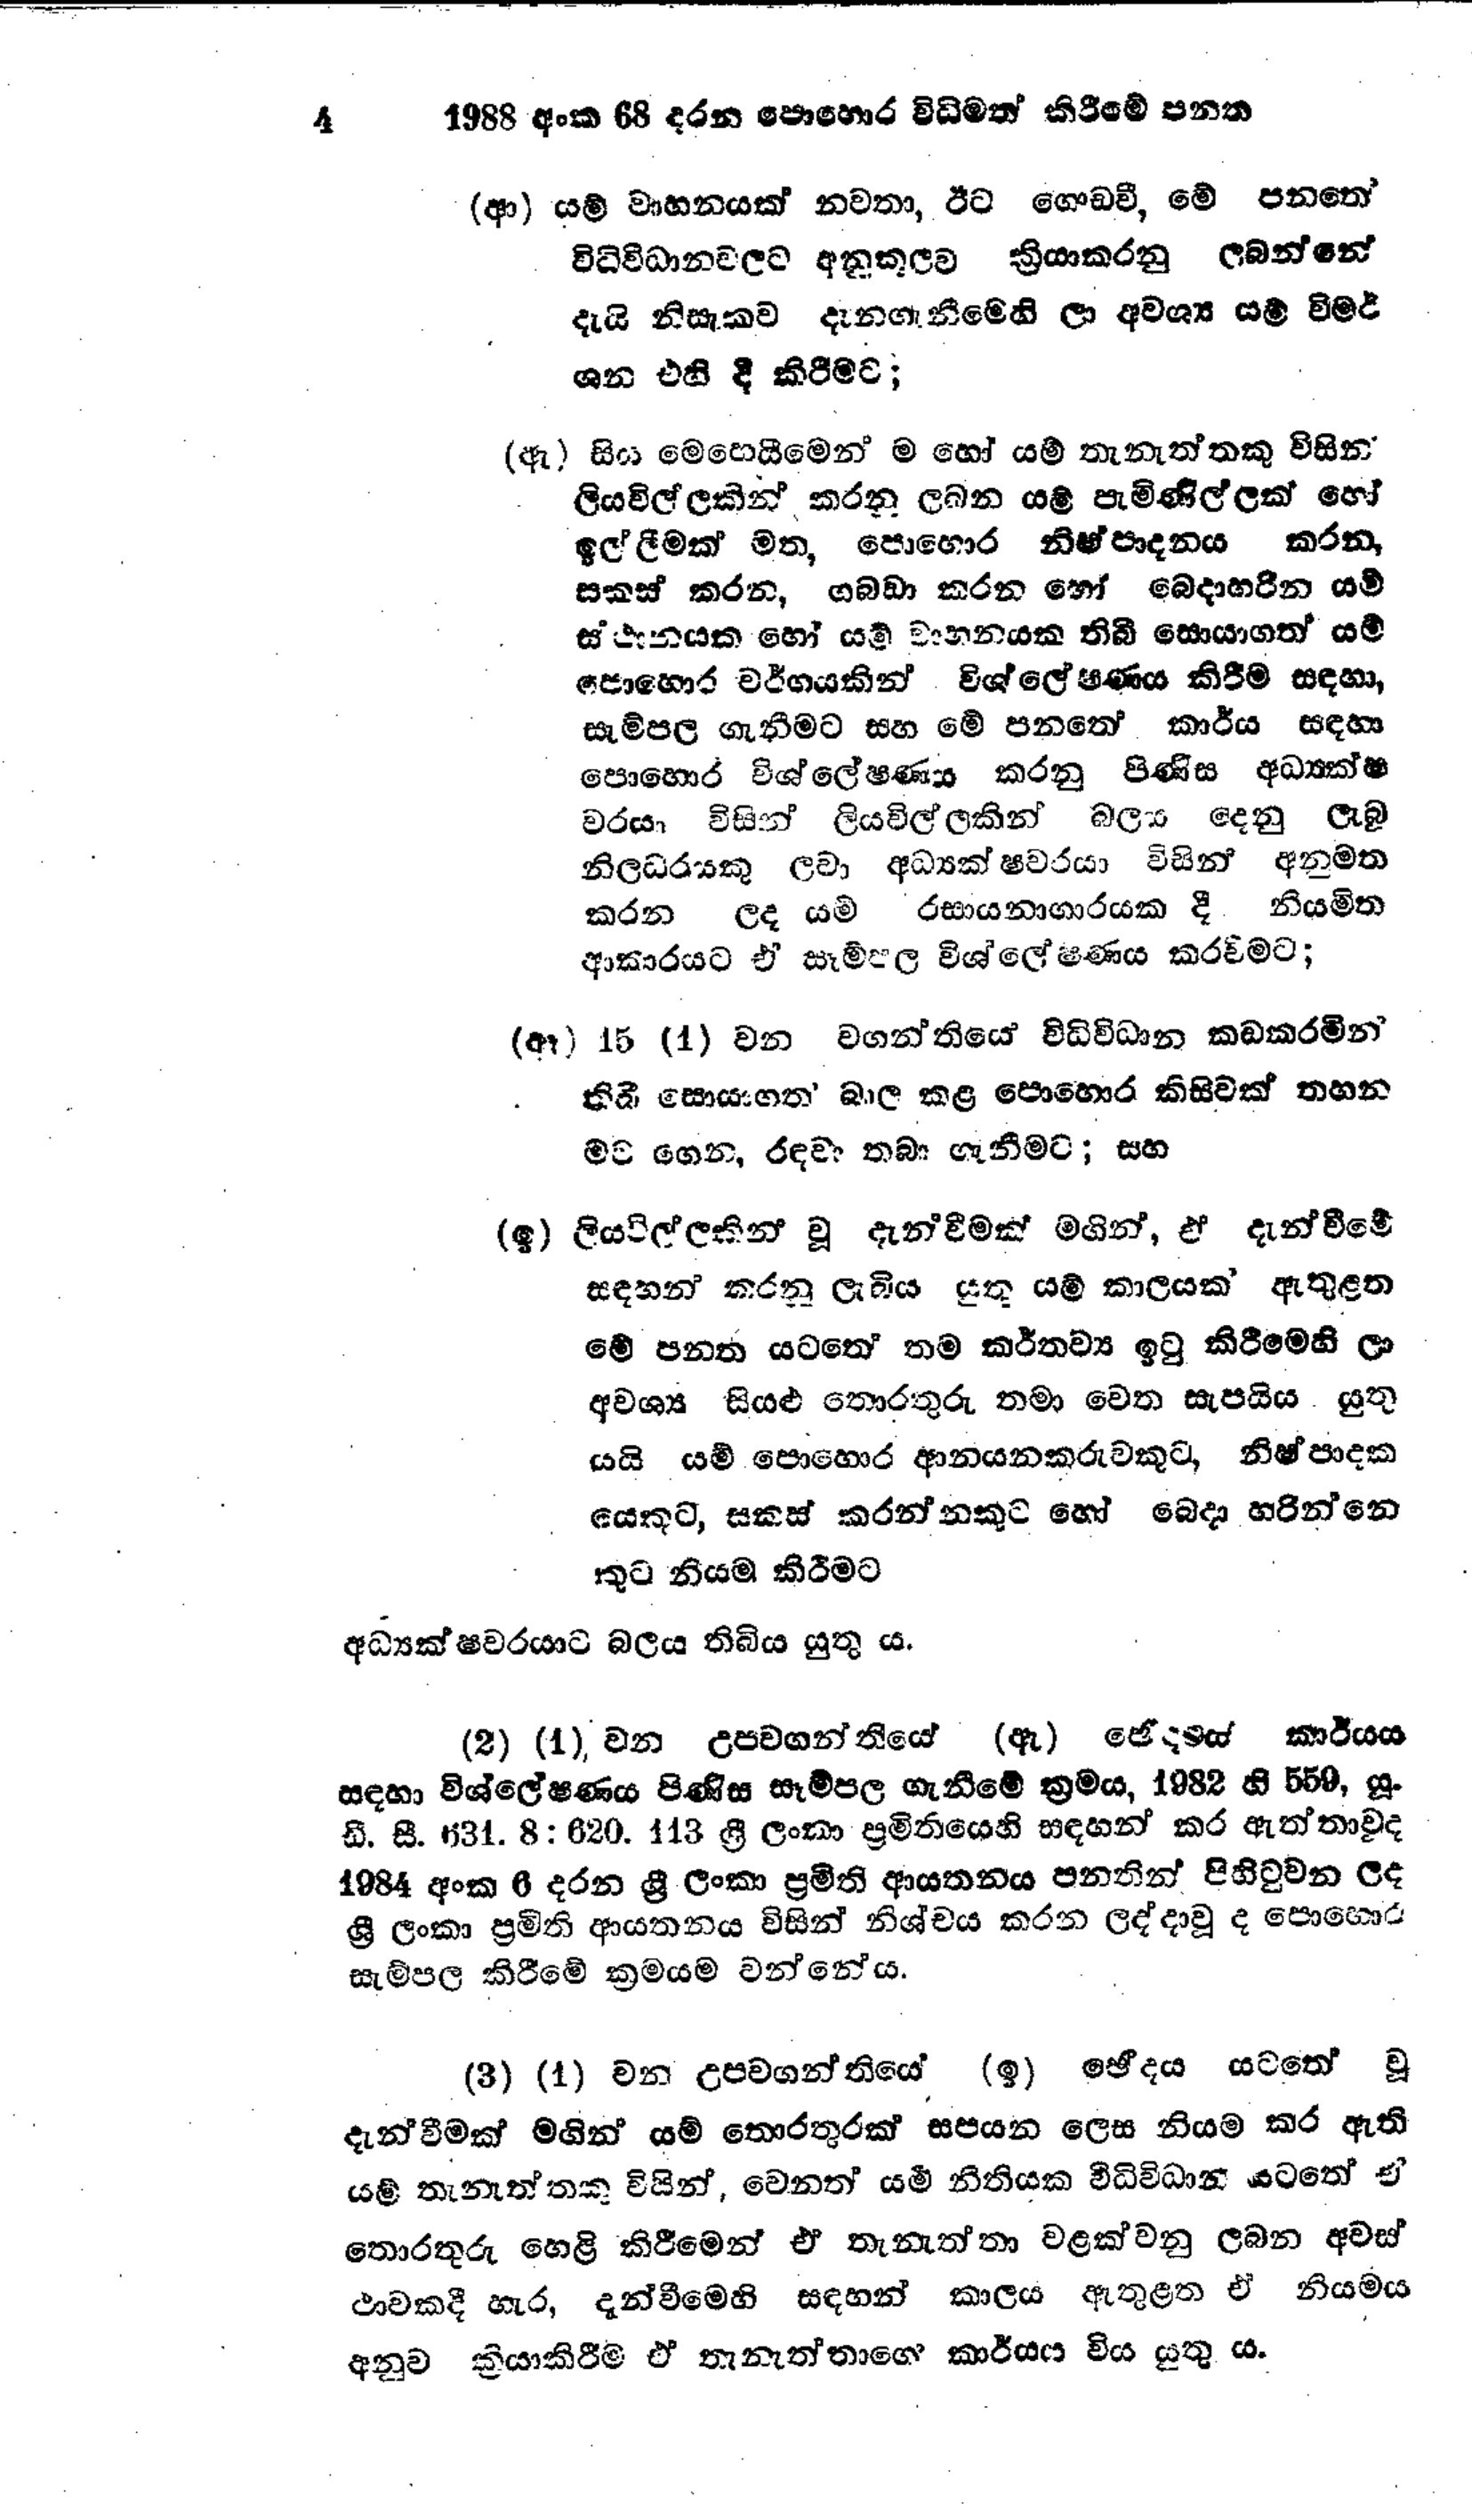
1988 අංක 68 දරන පොහොර විධිමත් කිරීමේ පනත

(ආ) යම් වාහනයක් නවතා, ඊට ගොඩවී, මේ පනතේ
විධිවිධානවලට අනුකූලව ක්‍රියාකරනු ලබන්නේ
දැයි නිසැකව දැනගැනීමෙහි ලා අවශ්‍ය යම් විමර්
ශන එහි දී කිරීමට;

(ඇ) සිය මෙහෙයීමෙන් ම හෝ යම් තැනැත්තකු විසින්
ලියවිල්ලකින් කරනු ලබන යම් පැමිණිල්ලක් හෝ
ඉල්ලීමක් මත, පොහොර නිෂ්පාදනය කරන,
සකස් කරන, ගබඩා කරන හෝ බෙදා හරින යම්
ස්ථානයක හෝ යම් වාහනයක තිබී සොයාගත් යම්
පොහොර වර්ගයකින් විශ්ලේෂණය කිරීම සඳහා,
සැම්පල ගැනීමට සහ මේ පනතේ කාර්ය සඳහා
පොහොර විශ්ලේෂණය කරනු පිණිස අධ්‍යක්ෂ
වරයා විසින් ලියවිල්ලකින් බලය දෙනු ලැබූ
නිලධරයකු ලවා අධ්‍යක්ෂවරයා විසින් අනුමත
කරන ලද යම් රසායනාගාරයක දී නියමිත
ආකාරයට ඒ සෑම්පල විශ්ලේෂණය කරවීමට;

(ඈ) 15 (1) වන වගන්තියේ විධිවිධාන කඩකරමින්
තිබී සොයාගත් බාල කළ පොහොර කිසිවක් තහන
මට ගෙන, රඳවා තබා ගැනීමට; සහ

(ඉ) ලියවිල්ලකින් වූ දැන්වීමක් මගින්, ඒ දැන්වීමේ
සඳහන් කරනු ලැබිය යුතු යම් කාලයක් ඇතුළත
මේ පනත යටතේ තම කර්තව්‍ය ඉටු කිරීමෙහි ලා
අවශ්‍ය සියළු තොරතුරු තමා වෙත සැපයිය යුතු
යයි යම් පොහොර ආනයනකරුවකුට, නිෂ්පාදක
යෙකුට, සකස් කරන්නකුට හෝ බෙදා හරින්නෙ
කුට නියම කිරීමට

අධ්‍යක්ෂවරයාට බලය තිබිය යුතු ය.

(2) (1) වන උපවගන්තියේ (ඇ) ජේදයේ කාර්යය
සඳහා විශ්ලේෂණය පිණිස සෑම්පල ගැනීමේ ක්‍රමය, 1982 හි 559, යූ.
ඩී. සී. 631.8:620.133 ශ්‍රී ලංකා ප්‍රමිතියෙහි සඳහන් කර ඇත්තාවූද
1984 අංක 6 දරන ශ්‍රී ලංකා ප්‍රමිති ආයතනය පනතින් පිහිටුවන ලද
ශ්‍රී ලංකා ප්‍රමිති ආයතනය විසින් නිශ්චය කරන ලද්දා වූ ද පොහොර
සැම්පල කිරීමේ ක්‍රමයම වන්නේය.

(3) (1) වන උපවගන්තියේ (ඉ) ඡේදය යටතේ වූ
දැන්වීමක් මගින් යම් තොරතුරක් සපයන ලෙස නියම කර ඇති
යම් තැනැත්තකු විසින්, වෙනත් යම් නීතියක විධිවිධාන යටතේ ඒ
තොරතුරු හෙළි කිරීමෙන් ඒ තැනැත්තා වළක්වනු ලබන අවස්
ථාවකදී හැර, දැන්වීමෙහි සඳහන් කාලය ඇතුළත ඒ නියමය
අනුව ක්‍රියාකිරීම ඒ තැනැත්තාගෝ කාර්යය විය යුතු ය.